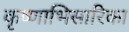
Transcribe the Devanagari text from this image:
कृष्णाभिसारिका